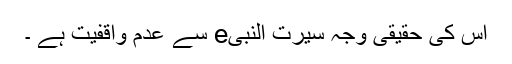
اس کی حقیقی وجہ سیرت النبیe سے عدم واقفیت ہے ۔